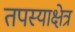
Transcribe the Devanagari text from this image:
तपस्याक्षेत्र